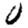
Digit: 0